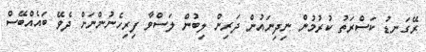
ރޭގަނޑު ކަސްރަތު ކުރުމުން ނިދިނައުން ދަރިން ލިބުން ލަސްވާ ފިރިހެނުންނަށް ދެވޭ ބައެއްބޭސް